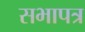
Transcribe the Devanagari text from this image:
सभापत्र